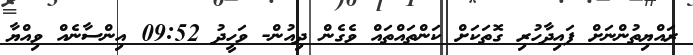
ރައްޔިތުންނަށް ފައިދާހުރި ގޮތަކަށް ކަންތައްތައް ވެގެން ދިއުން- ވަހީދު 09:52 އިންސާނެއް ވިއްޔާ